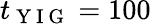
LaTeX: t_{\mathrm{~Y~I~G~}}=100